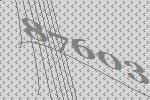
87603